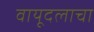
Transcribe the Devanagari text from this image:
वायूदलाचा